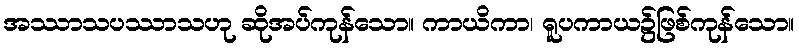
အဿာသပဿာသဟု ဆိုအပ်ကုန်သော။ ကာယိကာ၊ ရူပကာယ၌ဖြစ်ကုန်သော။